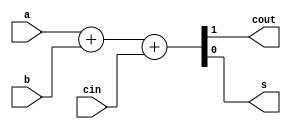
module adder_1bit_arithmetic(
	input a, b, cin, 
	output cout, s);
	
	assign {cout, s} = a + b + cin;
	
endmodule